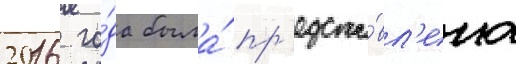
2016 го́да была́ пр'едста́вл'ена